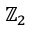
\mathbb { Z } _ { 2 }